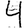
Digit: 4